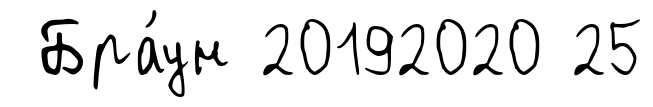
Бра́ун 20192020 25